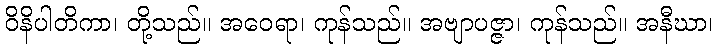
ဝိနိပါတိကာ၊ တို့သည်။ အဝေရာ၊ ကုန်သည်။ အဗျာပဇ္ဇာ၊ ကုန်သည်။ အနီဃာ၊